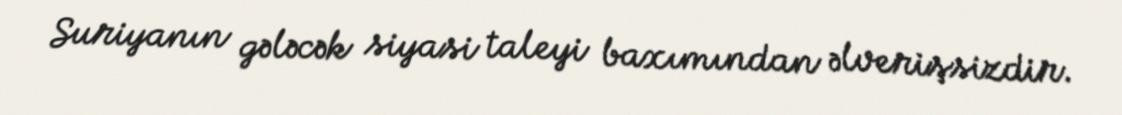
Suriyanın gələcək siyasi taleyi baxımından əlverişsizdir.